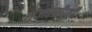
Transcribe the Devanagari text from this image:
शेजारतीपूर्वी